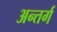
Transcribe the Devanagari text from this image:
अन्तर्ग